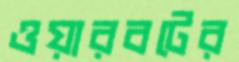
ওয়ারবটের